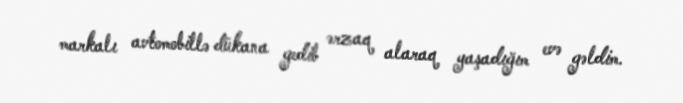
markalı avtomobillə dükana gedib ərzaq alaraq yaşadığım evə gəldim.